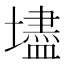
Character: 壗